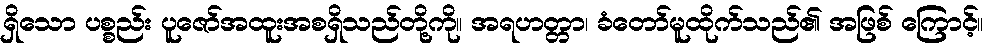
ရှိသော ပစ္စည်း ပူဇော်အထူးအစရှိသည်တို့ကို။ အရဟတ္တာ၊ ခံတော်မူထိုက်သည်၏ အဖြစ် ကြောင့်။